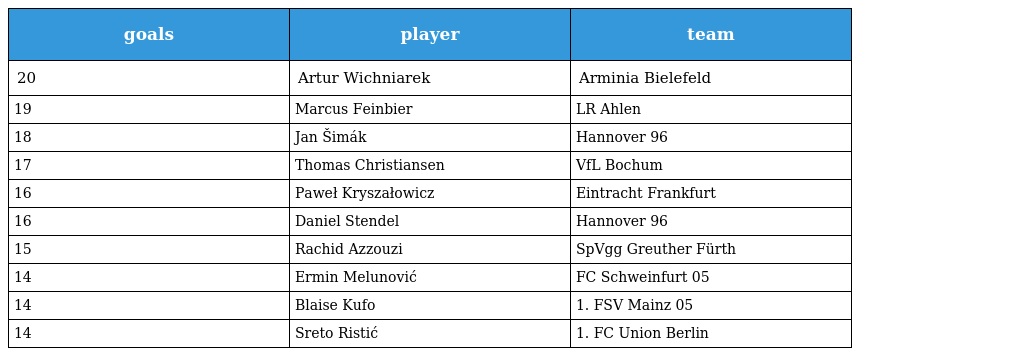
| goals | player | team |
 | --- | --- | --- |
 | 20 | Artur Wichniarek | Arminia Bielefeld |
 | 19 | Marcus Feinbier | LR Ahlen |
 | 18 | Jan Šimák | Hannover 96 |
 | 17 | Thomas Christiansen | VfL Bochum |
 | 16 | Paweł Kryszałowicz | Eintracht Frankfurt |
 | 16 | Daniel Stendel | Hannover 96 |
 | 15 | Rachid Azzouzi | SpVgg Greuther Fürth |
 | 14 | Ermin Melunović | FC Schweinfurt 05 |
 | 14 | Blaise Kufo | 1. FSV Mainz 05 |
 | 14 | Sreto Ristić | 1. FC Union Berlin |